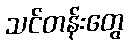
သင်တန်းတွေ